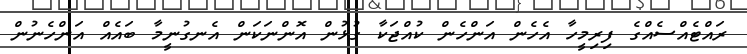
ރައްޓެއްސެއްގެ ފިރިމީހާ އެހެން އަންހެން ކުއްޖަކާ ގުޅުން އޮންނަކަން އެނގުނީމާ ބައެއް އަންހެނުން